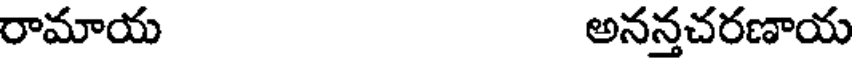
రామాయ అనన్తచరణాయ